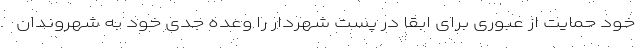
خود حمایت از عبوری برای ابقا در پست شهردار را وعده جدی خود به شهروندان